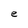
Character: e